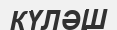
КҮЛӘШ